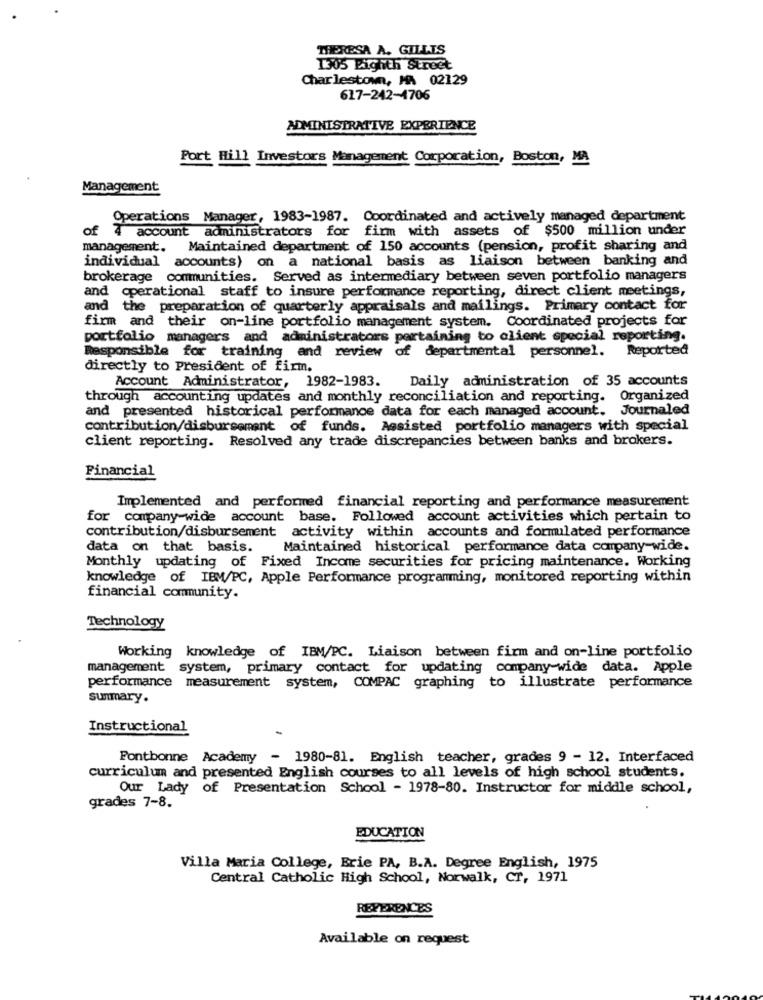
THERESA A. GILLIS
1305 Eighth Street
Charlestown, MA 02129
617-242-1706
ADMINISTRATIVE EXPERIENCE
Port Hill Investors Management Corporation, Boston, MA
Management
Operations Manager, 1983-1987. Coordinated and actively managed department
of
account administrators for firm with assets of $500 million under
management.
Maintained department of 150 accounts (pension, profit sharing and
individual accounts) on a national basis as liaison between banking and
brokerage communities. Served as intermediary between seven portfolio managers
and operational staff to insure performance reporting, direct client meetings,
and the preparation of quarterly appraisals and mailings. Primary contact for
firm and their on-line portfolio management system. Coordinated projects for
portfolio managers and administrators pertaining to client special reporting.
Reported
Responsible for training and review of departmental personnel.
directly to President of firm.
Account Administrator, 1982-1983.
Daily administration of 35 accounts
through accounting updates and monthly reconciliation and reporting. Organized
and presented historical performance data for each managed account. Journaled
contribution/disbursement of funds. Assisted portfolio managers with special
client reporting. Resolved any trade discrepancies between banks and brokers.
Financial
Implemented and performed financial reporting and performance measurement
for company wide account base. Followed account activities which pertain to
contribution/disbursement activity within accounts and formulated performance
data on that basis. Maintained historical performance data company-wide.
Monthly updating of Fixed Income securities for pricing maintenance. Working
knowledge of IBM/PC, Apple Performance programming, monitored reporting within
financial community.
Technology
Working knowledge of IBM/PC. Liaison between firm and on-line portfolio
management system, primary contact for updating company-wide data. Apple
performance measurement system, COMPAC graphing to illustrate performance
summary.
Instructional
Fontbonne Academy - 1980-81. English teacher, grades 9 - 12. Interfaced
curriculum and presented English courses to all levels of high school students.
Our Lady of Presentation School - 1978-80. Instructor for middle school,
grades 7-8.
EDUCATION
Villa Maria College, Erie PA, B.A. Degree English, 1975
Central Catholic High School, Norwalk, CT, 1971
REFERENCES
Available on request